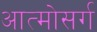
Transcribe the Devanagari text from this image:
आत्मोसर्ग